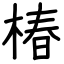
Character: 椿